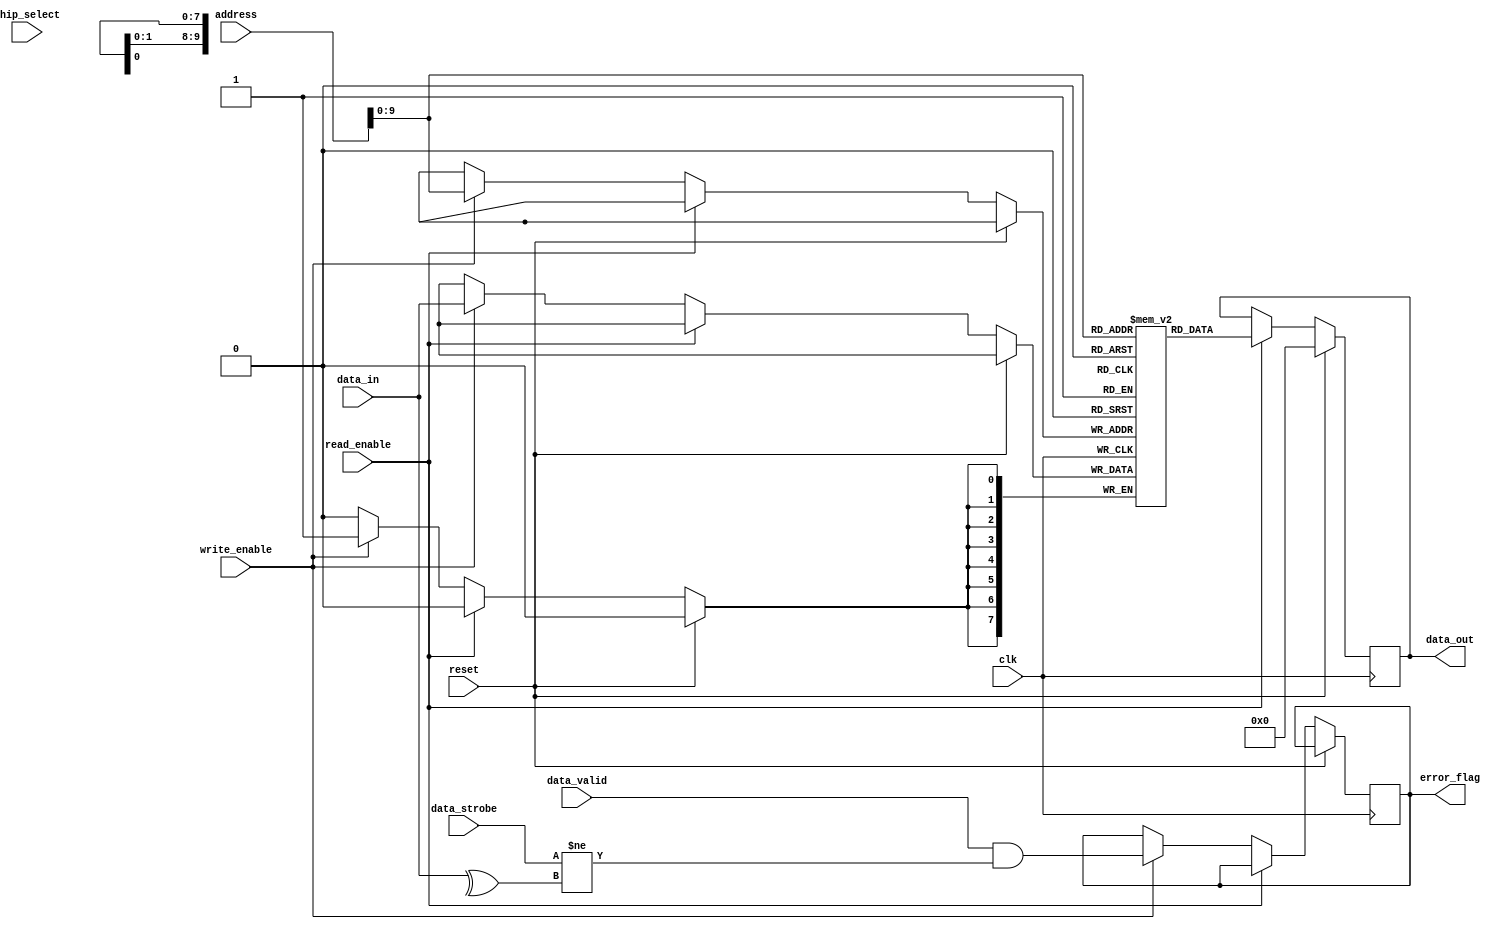
module DDR_SDRAM (
    input wire clk,
    input wire reset,
    input wire [7:0] data_in,
    output reg [7:0] data_out,
    input wire [10:0] address,
    input wire write_enable,
    input wire read_enable,
    input wire chip_select,
    input wire data_strobe,
    input wire data_valid,
    output wire error_flag
);

// Define the memory blocks and other components here

// Define storage elements for storing data
reg [7:0] memory[0:1023];  // 1024 memory locations

// Define address decoders for selecting specific memory locations

// Define input/output buffers for interfacing with external devices

// Define timing circuits for data transfer synchronization

// Define features for data integrity and error correction
reg [7:0] parity;
always @ (memory or data_in)
begin
    parity = ^data_in;
end

// Data read and write operations
always @ (posedge clk)
begin
    if (reset)
    begin
        data_out <= 8'b0;
    end
    else if (read_enable)
    begin
        data_out <= memory[address];
    end
    else if (write_enable)
    begin
        memory[address] <= data_in;
        error_flag <= (data_valid && (data_strobe != parity));
    end
end

endmodule